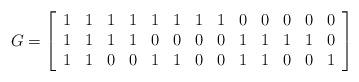
LaTeX: \begin{align*}G=\left[\begin{array}{rrrrrrrrrrrrr}1 & 1 & 1 & 1 & 1 & 1 & 1 & 1 & 0 & 0 & 0 & 0 & 0 \\1 & 1 & 1 & 1 & 0 & 0 & 0 & 0 & 1 & 1 & 1 & 1 & 0 \\1 & 1 & 0 & 0 & 1 & 1 & 0 & 0 & 1 & 1 & 0 & 0 & 1\end{array}\right]\end{align*}